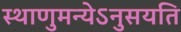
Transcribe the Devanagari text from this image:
स्थाणुमन्येऽनुसयति